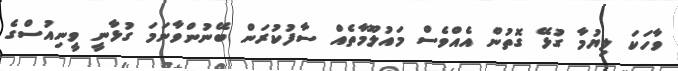
ވާހަކަ ލިޔުމާ ގުޅޭ ގޮތުން އެއްވެސް މައުލޫމާތެއް ސާފުކުރަން ބޭނުންވާނަމަ ގުޅާނީ ވީނިއުސްގެ